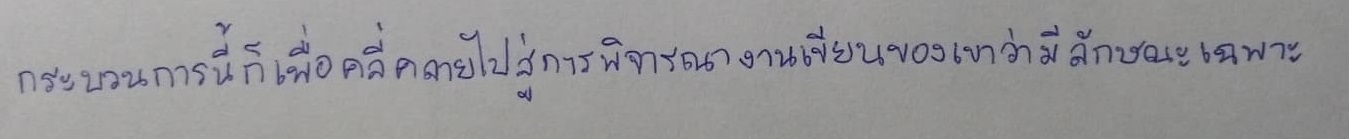
กระบวนการนี้ก็เพื่อคลี่คลายไปสู่การพิจารณางานเขียนของเขาว่ามีลักษณะเฉพาะ